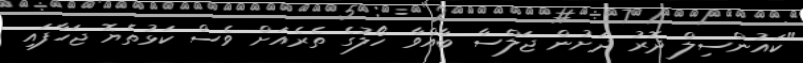
"ކައުންސިލް ދޮރު ދަށުން ޖަލްސާ ބާއްވާ ހޯލުގެ ތެރެއަށް ވެސް ކަޅުތެޔޮ ޖަހާފައި